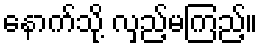
နောက်သို့ လှည့်မကြည့်။